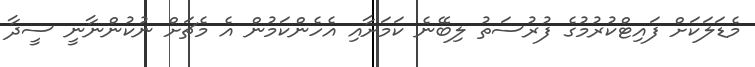
މެޑަލަކަށް ފައިޓްކުރުމުގެ ފުރުސަތު ލިބޭނެ ކަމަށާއި އެހެންކަމުން އެ މެޗަށް ނުކުންނާނީ ސީދާ